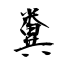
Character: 糞